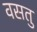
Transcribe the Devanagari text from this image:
वसतु